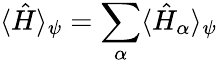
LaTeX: \langle\hat{H}\rangle_{\psi}=\sum_{\alpha}\langle\hat{H}_{\alpha}\rangle_{\psi}